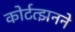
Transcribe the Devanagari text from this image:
कोर्टत्झनने